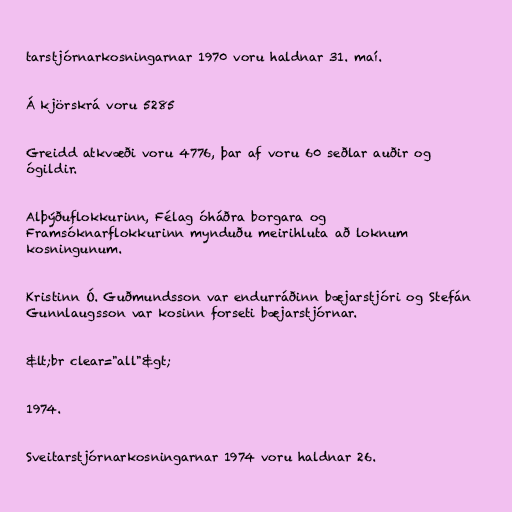
tarstjórnarkosningarnar 1970 voru haldnar 31. maí.

Á kjörskrá voru 5285

Greidd atkvæði voru 4776, þar af voru 60 seðlar auðir og
ógildir.

Alþýðuflokkurinn, Félag óháðra borgara og
Framsóknarflokkurinn mynduðu meirihluta að loknum
kosningunum.

Kristinn Ó. Guðmundsson var endurráðinn bæjarstjóri og Stefán
Gunnlaugsson var kosinn forseti bæjarstjórnar.

&lt;br clear="all"&gt;

1974.

Sveitarstjórnarkosningarnar 1974 voru haldnar 26.